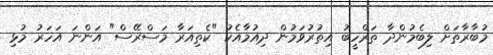
މުބާރާތަށް ލިބެމުންދާ ތަރްހީބު އިތުރުވަމުން ދިއުމާއެކު "ކެތިއަރާ މަސްރޭސް" އަންނަ އަހަރު މުޅި